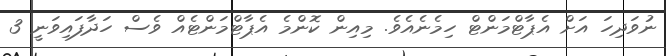
ނުވަދިހަ އަށް އެޕާޓްމަންޓް ހިމެނެއެވެ. މިއިން ކޮންމެ އެޕާޓްމަންޓެއް ވެސް ހަދާފައިވަނީ 3